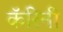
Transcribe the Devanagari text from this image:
कॅरिनी